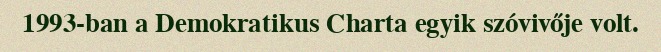
1993-ban a Demokratikus Charta egyik szóvivője volt.